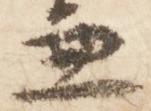
兼